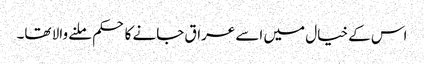
اس کے خیال میں اسے عراق جانے کا حکم ملنے والا تھا۔